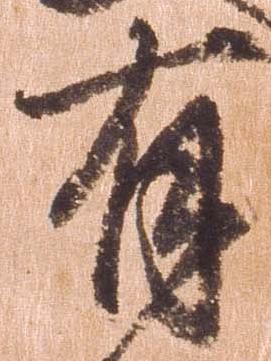
有